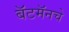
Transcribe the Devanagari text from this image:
बॅटमॅनचे